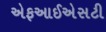
એફઆઈએસટી